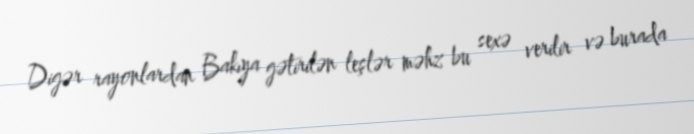
Digər rayonlardan Bakıya gətirilən leşlər məhz bu sexə verilir və burada